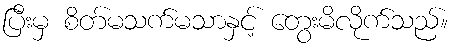
ပြီးမှ စိတ်မသက်မသာနှင့် တွေးမိလိုက်သည်။